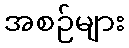
အစဉ်များ